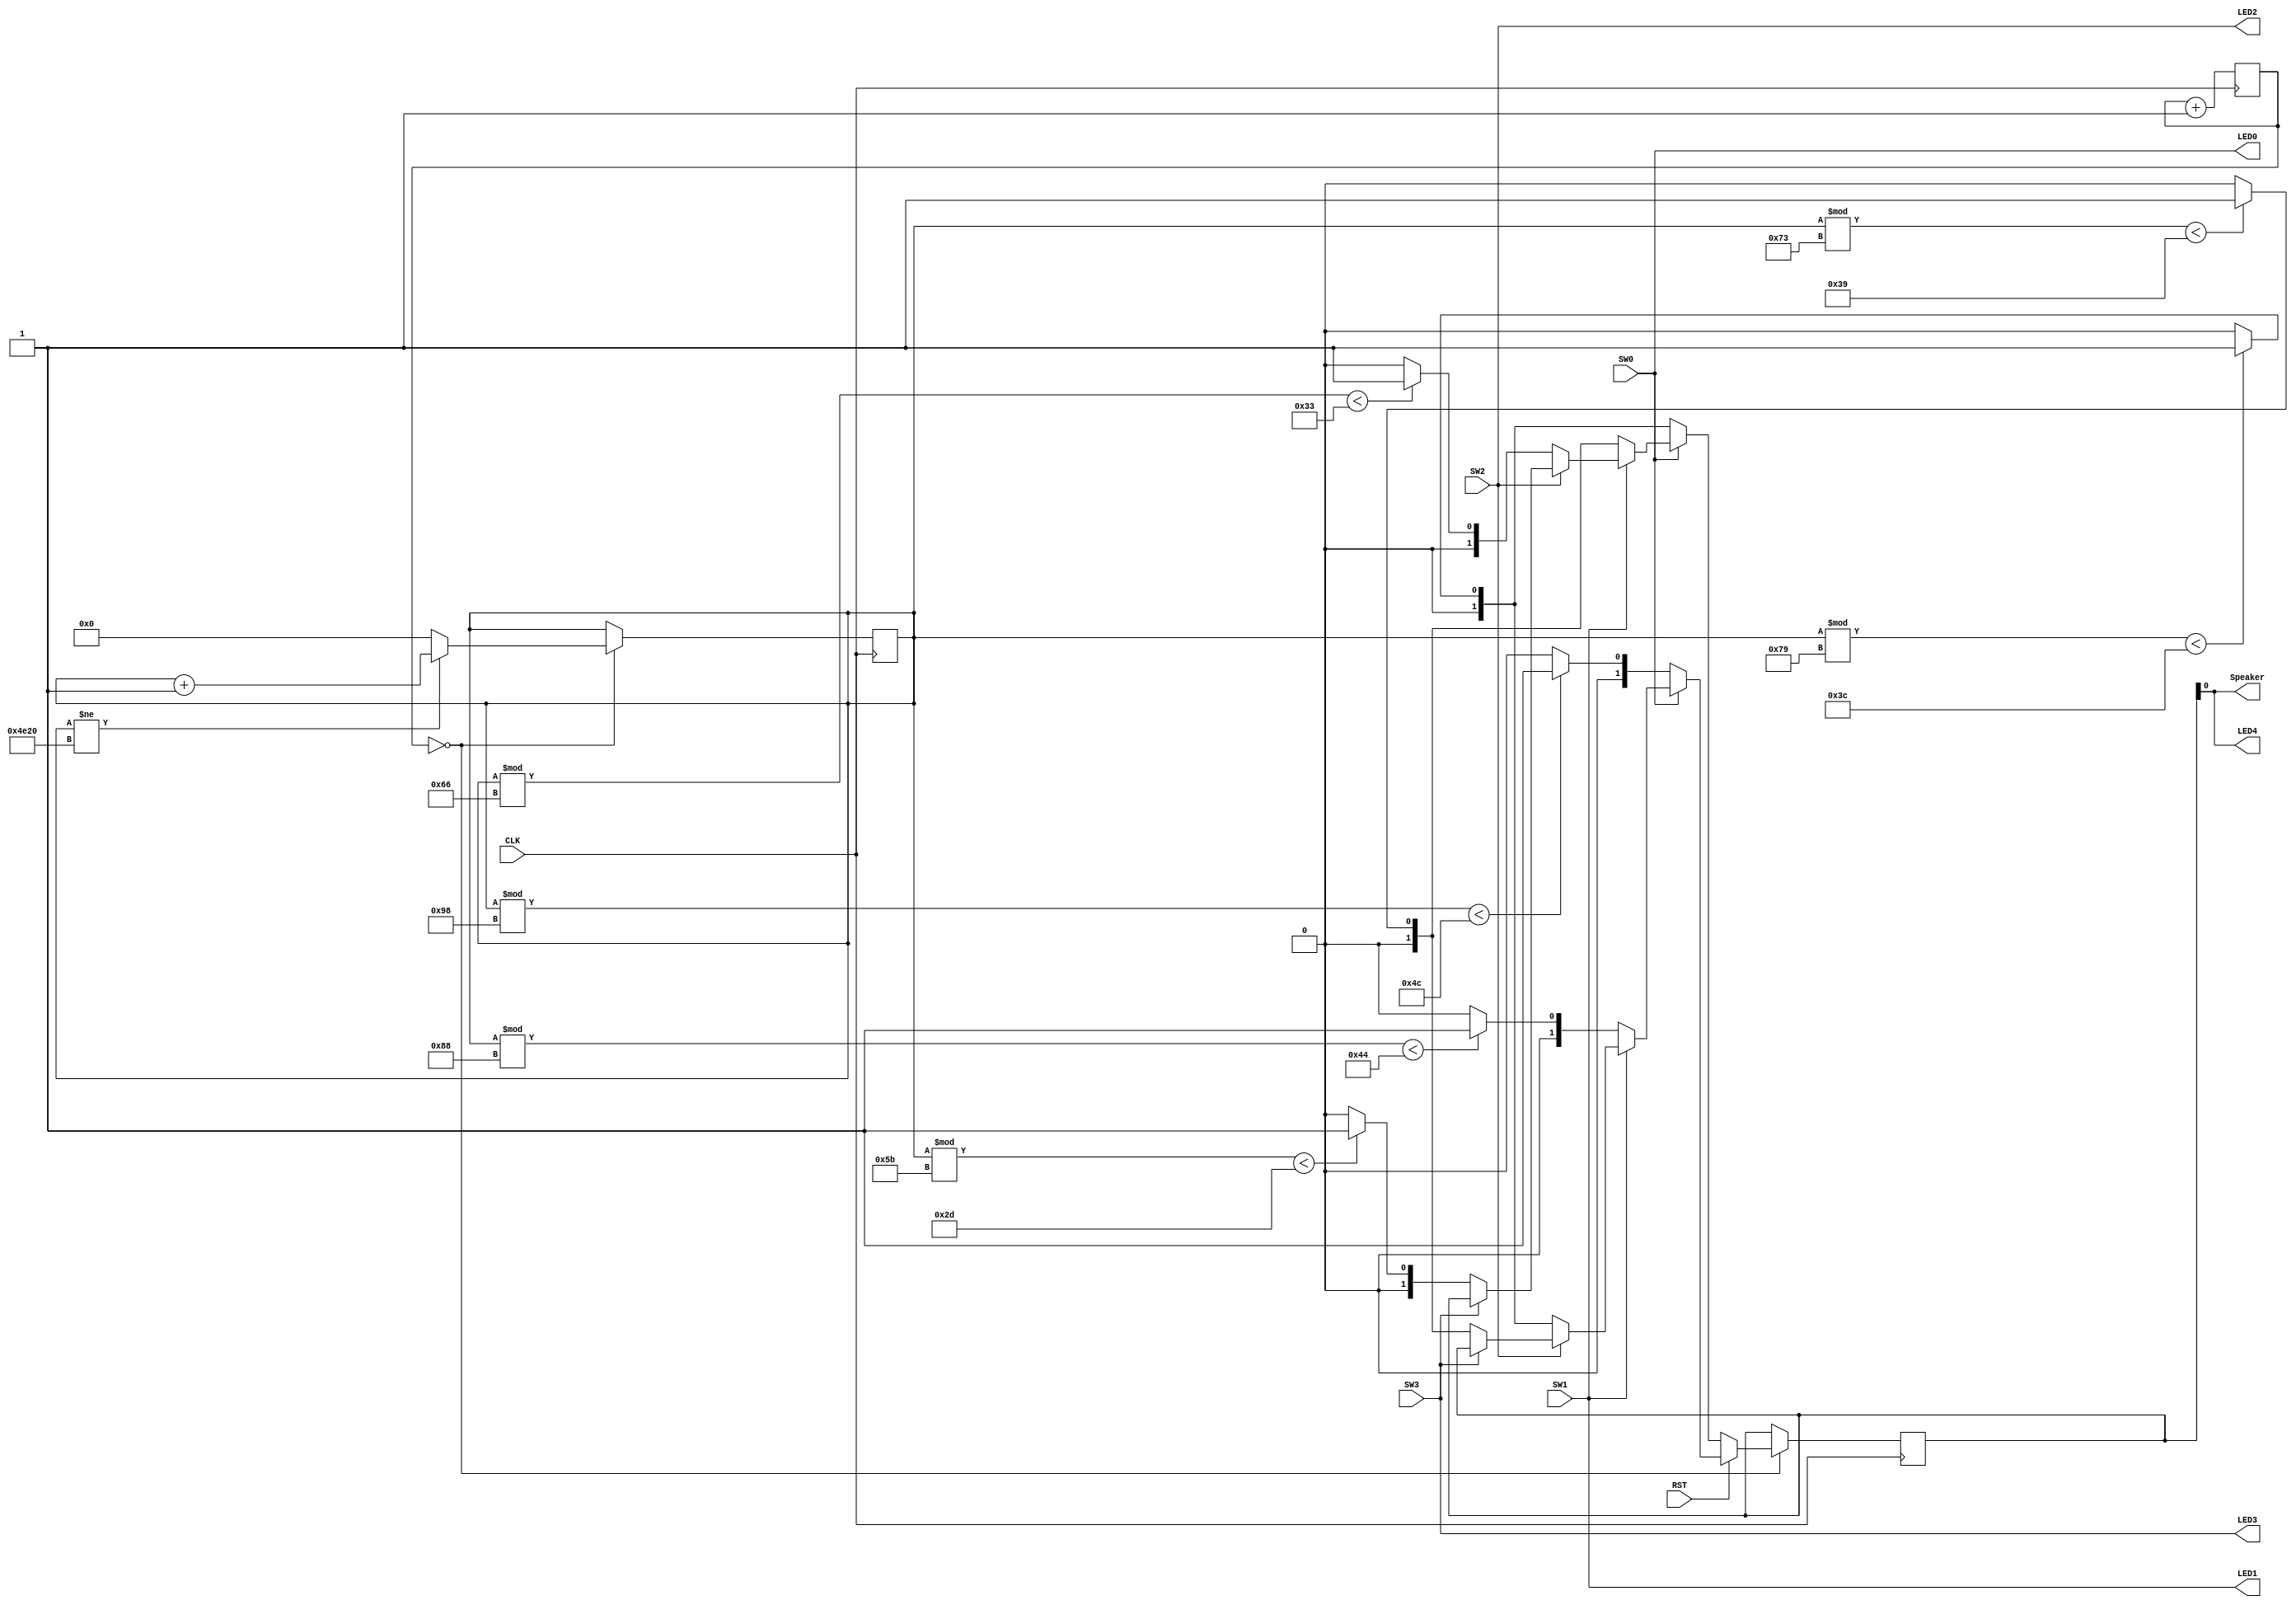
module piano(
  input CLK,//M9
  input SW0,SW1,SW2,SW3,RST,
  output LED0,LED1,LED2,LED3,LED4,
  output Speaker
  );
  
  reg[1:0] SpOUT;
  reg[7:0] cl5;
  reg[25:0] FRM;
  
  always @(posedge CLK)begin
    cl5<=(cl5==2500)?0:cl5+1;
    if (cl5==0)begin//20 kHz
		FRM<=(FRM!=20000)?FRM+1:0;
	 
	   if (RST==1)begin
    	  if (SW0==0)SpOUT<=((FRM%152)<76)?1:0;
	     else if (SW1==0)SpOUT<=((FRM%136)<68)?1:0;
		  else if (SW2==0)SpOUT<=((FRM%121)<60)?1:0;
		  else if (SW3==0)SpOUT<=((FRM%115)<57)?1:0;
	   end
		else begin
		  if (SW0==0)SpOUT<=((FRM%121)<60)?1:0;
	     else if (SW1==0)SpOUT<=((FRM%115)<57)?1:0;
		  else if (SW2==0)SpOUT<=((FRM%102)<51)?1:0;
		  else if (SW3==0)SpOUT<=((FRM%91)<45)?1:0;
		end
	 end
  end
  
  assign Speaker=SpOUT;
  assign LED4=SpOUT;
  assign LED0=SW0;
  assign LED1=SW1;
  assign LED2=SW2;
  assign LED3=SW3;
 
endmodule